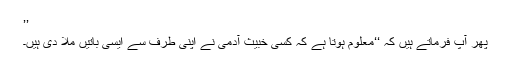
’’
پھر آپؑ فرماتے ہیں کہ ‘‘معلوم ہوتا ہے کہ کسی خبیث آدمی نے اپنی طرف سے ایسی باتیں ملا دی ہیں۔